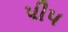
પીપ